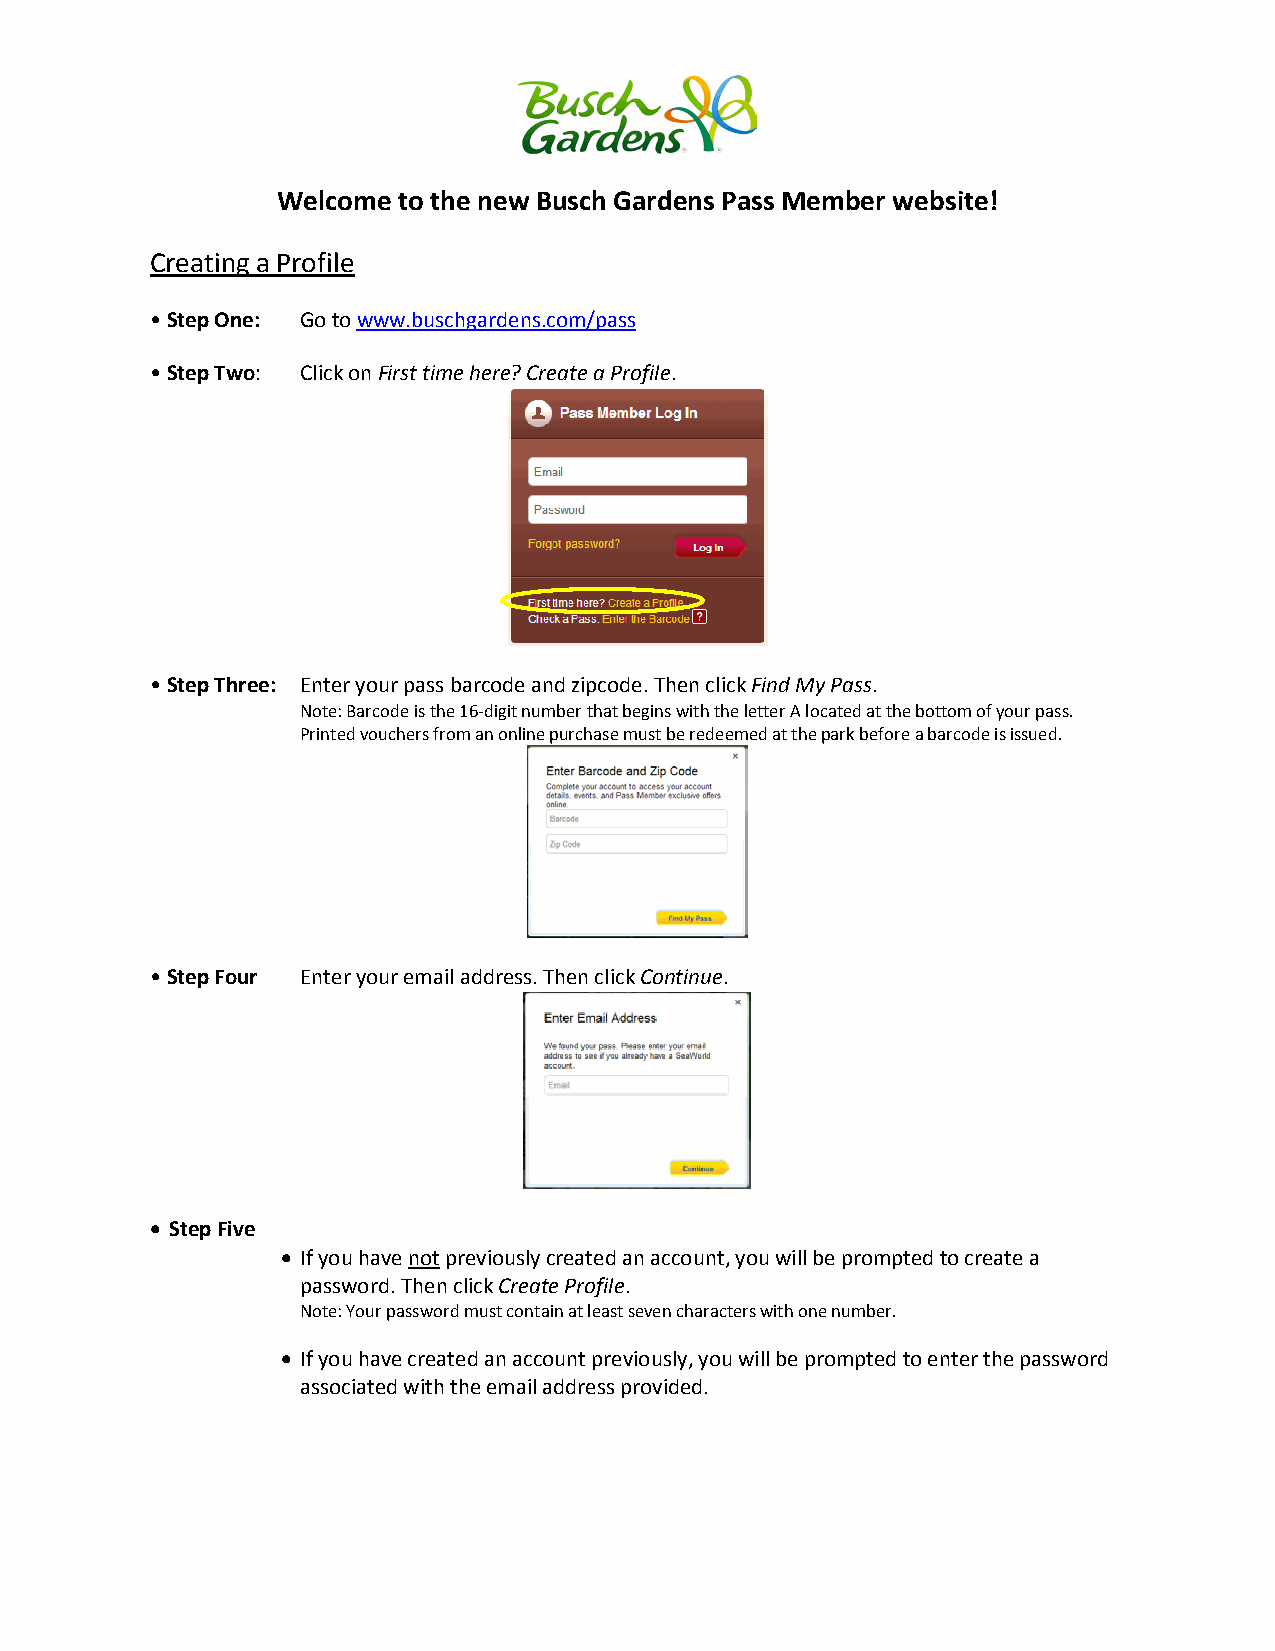
Welcome to the new Busch Gardens Pass Member website!
 Creating a Profile
 • Step One: Go to www.buschgardens.com/pass
 • Step Two: Click on First time here? Create a Profile.
 • Step Three: Enter your pass barcode and zipcode. Then click Find My Pass.
 Note: Barcode is the 16-digit number that begins with the letter A located at the bottom of your pass.
 Printed vouchers from an online purchase must be redeemed at the park before a barcode is issued.
 • Step Four Enter your email address. Then click Continue.
 • Step Five
 • If you have not previously created an account, you will be prompted to create a
 password. Then click Create Profile.
 Note: Your password must contain at least seven characters with one number.
 • If you have created an account previously, you will be prompted to enter the password
 associated with the email address provided.